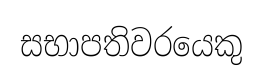
සභාපතිවරයෙකු